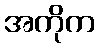
အကိုက